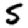
Digit: 5